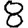
Digit: 8